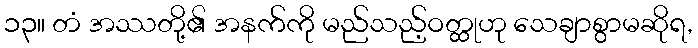
၁၃။ တံ အဿတို့၏ အနက်ကို မည်သည့်ဝတ္ထုဟု သေချာစွာမဆိုရ,